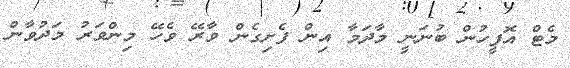
މެޓް އޮފީހުން ބުނަނީ މާދަމާ އިން ފެށިގެން ވާރޭ ވެހޭ މިންވަރު މަދުވާން